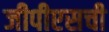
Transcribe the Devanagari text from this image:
जीपीएसची